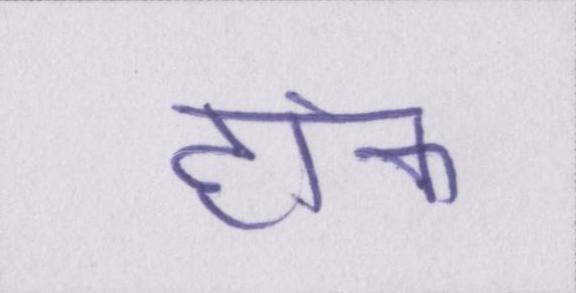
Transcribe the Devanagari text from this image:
हांक